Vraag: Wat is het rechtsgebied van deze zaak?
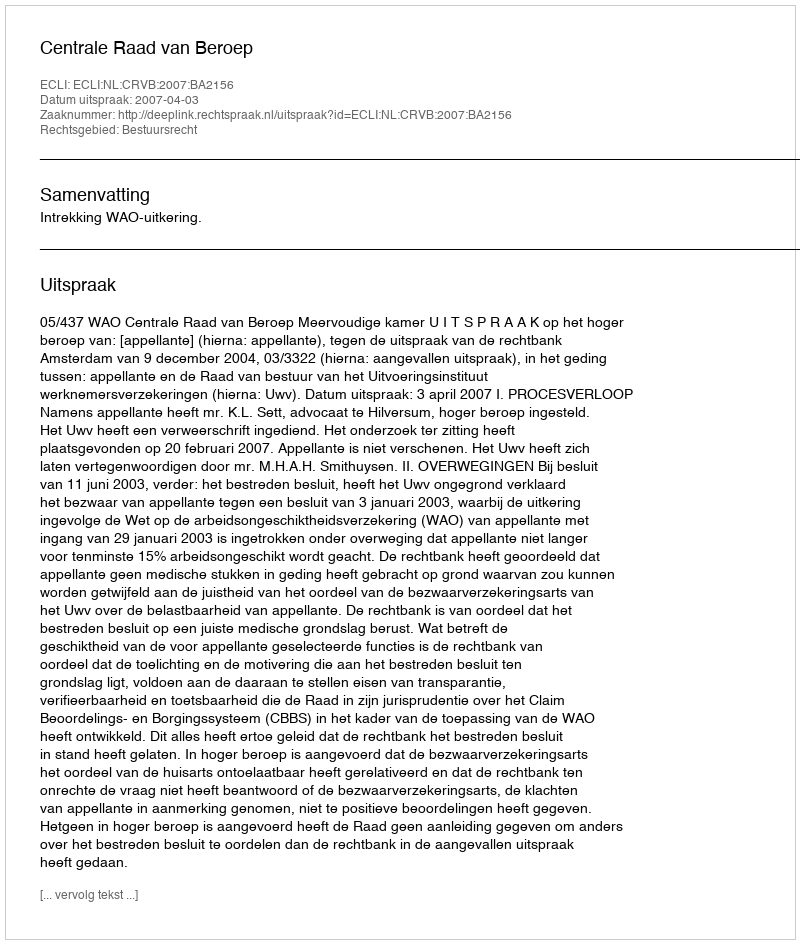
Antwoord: Bestuursrecht